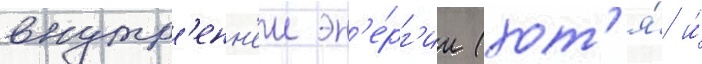
внутр'енн'еи эн'е́рг'ии (хот'я́ и́